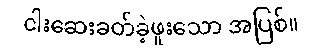
ငါးဆေးခတ်ခဲ့ဖူးသော အပြစ်။